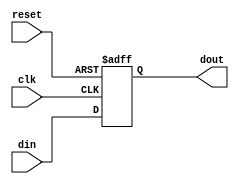
module Synchronous_Register #(
    parameter WIDTH = 8  // Parameter to define the bit-width of the register
)(
    input wire clk,       // Clock input
    input wire reset,     // Reset input (active high)
    input wire [WIDTH-1:0] din,  // Data input
    output reg [WIDTH-1:0] dout   // Data output
);

// Always block for synchronous operation
always @(posedge clk or posedge reset) begin
    if (reset) begin
        dout <= {WIDTH{1'b0}}; // Reset output to zero
    end else begin
        dout <= din; // Capture data on rising edge of the clock
    end
end

endmodule